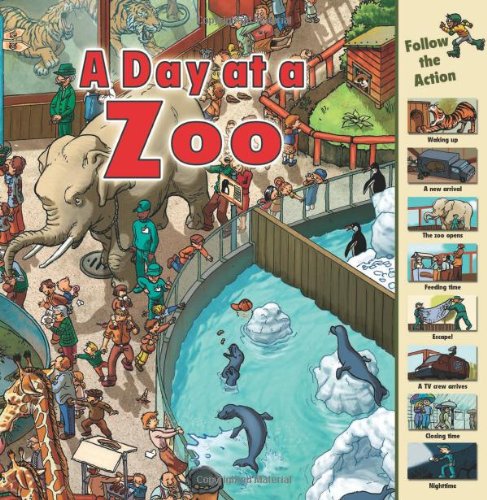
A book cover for A Day at a Zoo (Time Goes By); Sarah Harrison; Children's Books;